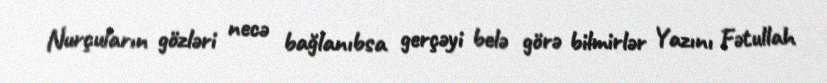
Nurçuların gözləri necə bağlanıbsa gerçəyi belə görə bilmirlər Yazını Fətullah